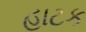
હાટક